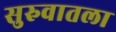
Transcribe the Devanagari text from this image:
सुरुवातला